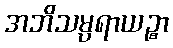
အဘိသမ္ပရာယဉ္စာ